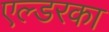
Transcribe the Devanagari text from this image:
एल्डरका